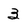
Character: 3